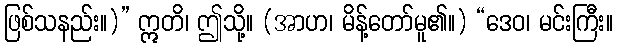
ဖြစ်သနည်း။)” ဣတိ၊ ဤသို့။ (အာဟ၊ မိန့်တော်မူ၏။) “ဒေဝ၊ မင်းကြီး။